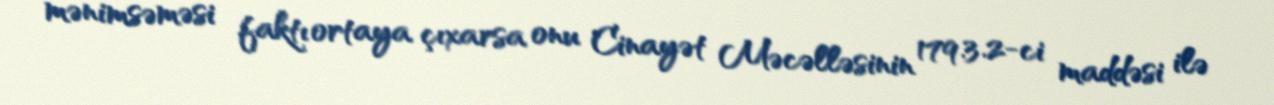
mənimsəməsi faktı ortaya çıxarsa onu Cinayət Məcəlləsinin 179.3.2-ci maddəsi ilə